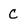
Character: C